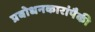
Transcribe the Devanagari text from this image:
प्रबोधनकारांपैकी